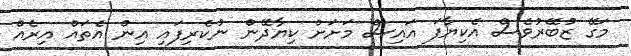
މަގޭ ޒުބޭރުވެސް އެކިޔާފަ އައިސް މަށަށް ކިޔާދޭން ނުކެރިފައި އިން އެތައް އިރެއް